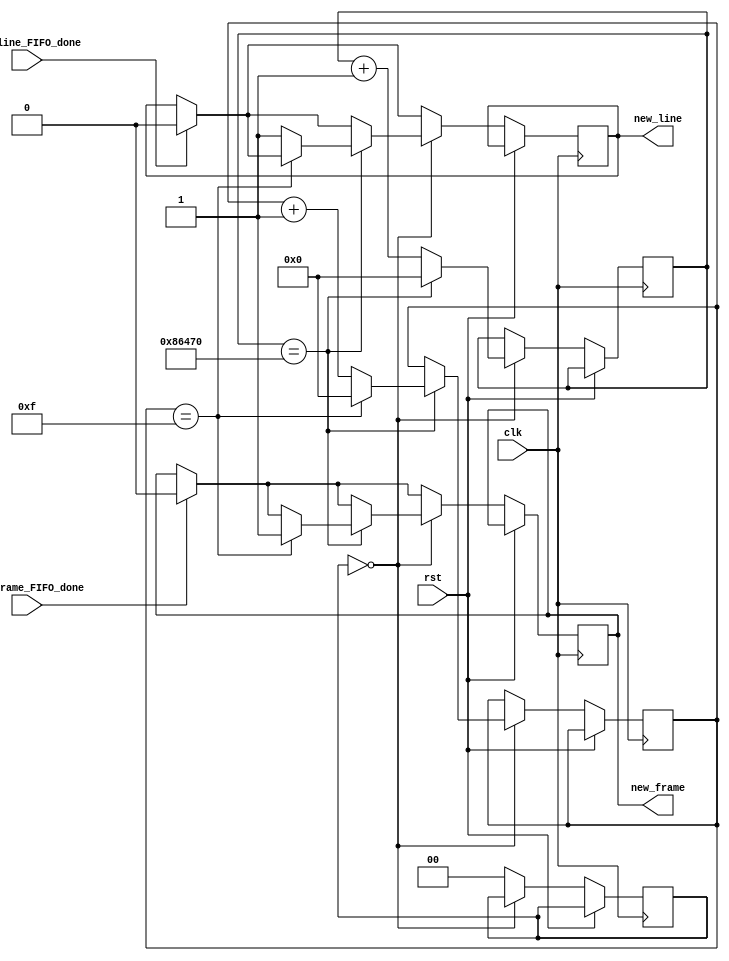
module fake_mems (
    
    // INPUT
    input clk,  // clock
    input rst,  // reset
    input new_line_FIFO_done,
    input new_frame_FIFO_done,

    // OUTPUT
    output new_line,
    output new_frame

  );

  localparam STATE_SIZE = 2,
    DELAY = 2'd0,
    SEND_TO_FIFO = 2'd1;

  reg [STATE_SIZE-1:0] state_d, state_q;

  reg [29:0] delay_cntr_d, delay_cntr_q=30'd0;
  reg [29:0] delay_cntr2_d, delay_cntr2_q=30'd0;
  reg new_line_d, new_line_q;
  reg new_frame_d, new_frame_q;

  assign new_line = new_line_q;
  assign new_frame = new_frame_q;

  /* Combinational Logic */
  always @* begin
    delay_cntr_d = delay_cntr_q;
    delay_cntr2_d = delay_cntr2_q;
    state_d = state_q; // default values


    if (new_line_FIFO_done==1'b1) begin
      new_line_d=1'b0; // latch here is not fine (if at the same time 2 modules -> problem)
    end else begin
      new_line_d = new_line_q;
    end


    if (new_frame_FIFO_done==1'b1) begin
      new_frame_d=1'b0; // latch here is not fine
    end else begin
      new_frame_d = new_frame_q;
    end


    case (state_q)
      DELAY: begin
        if (delay_cntr_q == 30'd550000) begin


          if (delay_cntr2_q == 30'd15) begin
            new_frame_d=1'b1;
            delay_cntr_d=30'd0;
            delay_cntr2_d=30'd0;
            // state_d = SEND_TO_FIFO;
          end else begin
            new_line_d=1'b1;
            delay_cntr_d=30'd0;
            delay_cntr2_d = delay_cntr2_q + 1'b1;
          end
          
        end else begin
          delay_cntr_d = delay_cntr_q + 1'b1;
        end // if
      
      end // DELAY

      // SEND_TO_FIFO: begin
        // if (delay_cntr_q == 30'd3000000) begin
          // new_frame_d=1'b1;
          // delay_cntr_d=30'd0;
          // state_d = DELAY;
        // end else begin
          // delay_cntr_d = delay_cntr_q + 1'b1;
        // end
      // end

      // SEND_NEW_FRAME_TO_FIFO: begin
      //   new_line_d=1'b1;
      //   // new_frame_d=1'b13;
      //   state_d=DELAY;  
      //   delay_cntr_d=30'd0;
      // end


      default: begin
        state_d = DELAY;
      end

    endcase
  
  end
  



  /* Sequential Logic */
  always @(posedge clk) begin
    if (rst) begin
      // Add flip-flop reset values here
    end else begin
      // Add flip-flop q <= d statements here


      new_line_q <= new_line_d; 
      new_frame_q <= new_frame_d; 


      state_q <= state_d;
      delay_cntr_q <= delay_cntr_d;
      delay_cntr2_q <= delay_cntr2_d;
      // wr_en_q <= wr_en_d;
    end
  end
  
endmodule